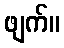
ဖျက်။